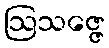
ဩသဇ္ဇေ